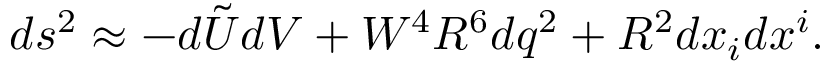
d s ^ { 2 } \approx - d \tilde { U } d V + W ^ { 4 } R ^ { 6 } d q ^ { 2 } + R ^ { 2 } d x _ { i } d x ^ { i } .